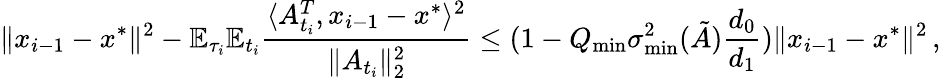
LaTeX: \| x_{i-1}-x^{*}\| ^{2}-\mathbb{E}_{\tau_{i}}\mathbb{E}_{t_{i}}\frac{\langle A_{t_{i}}^{T},x_{i-1}-x^{*}\rangle^{2}}{\| A_{t_{i}}\| _{2}^{2}}\leq(1-Q_{\operatorname*{min}}\sigma_{\operatorname*{min}}^{2}(\tilde{A})\frac{d_{0}}{d_{1}})\| x_{i-1}-x^{*}\| ^{2}\, ,